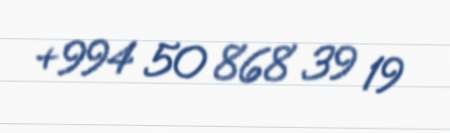
+994 50 868 39 19